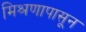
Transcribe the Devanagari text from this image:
मिश्रणापासून